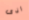
اذى